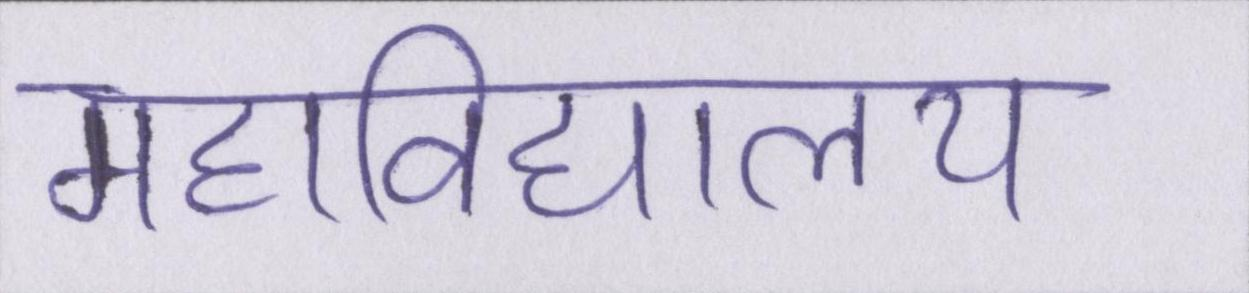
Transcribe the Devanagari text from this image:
महाविद्यालय